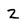
Character: z